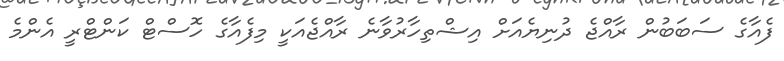
ފެއާގެ ސަބަބުން ރާއްޖެ ދުނިޔެއަށް އިޝްތިހާރުވާނެ ރާއްޖެއަކީ މިފެއާގެ ހޮސްޓް ކަންޓްރީ އެންމެ